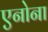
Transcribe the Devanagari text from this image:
एनोना